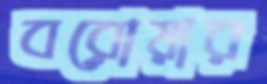
বরোয়ার